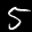
Label: 5